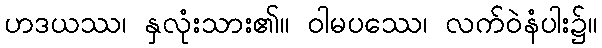
ဟဒယဿ၊ နှလုံးသား၏။ ဝါမပဿေ၊ လက်ဝဲနံပါး၌။